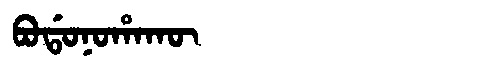
Manchu: ᠪᠣᡩᠣᠨᠣᡥᠠᡴᡡ
Romanization: BODONOHAKŪ